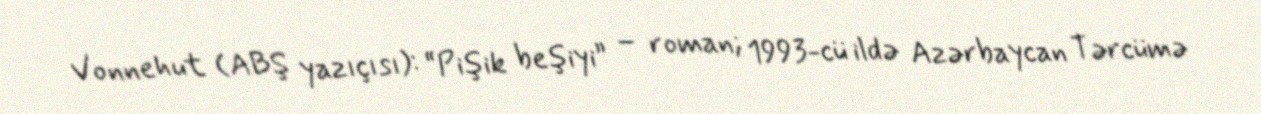
Vonnehut (ABŞ yazıçısı): “Pişik beşiyi” – roman; 1993-cü ildə Azərbaycan Tərcümə